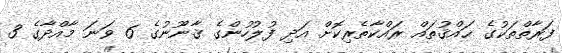
ފަރާތްތަކުގެ ޙައްޤުތައް ރައްކާތެރިކޮށް އަދި ފުލުހުންގެ ޤާނޫނުގެ 6 ވަނަ މާއްދާގެ 3